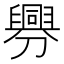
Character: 𦦟